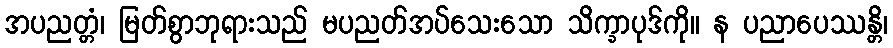
အပညတ္တံ၊ မြတ်စွာဘုရားသည် မပညတ်အပ်သေးသော သိက္ခာပုဒ်ကို။ န ပညာပေဿန္တိ၊